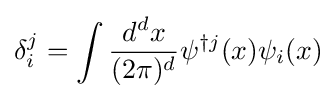
\delta _{i}^{j}=\int {\frac {d^{d}x}{(2\pi )^{d}}}\psi ^{\dagger j}(x)\psi _{i}(x)